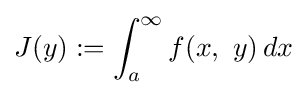
J(y):=\int _{a}^{\infty }f(x,\ y)\,dx